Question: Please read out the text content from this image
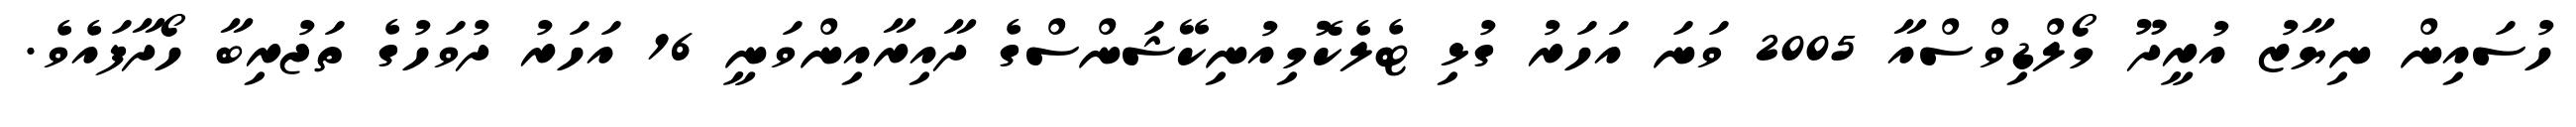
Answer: ހުސައިން ނިޔާޒު އުރީދޫ މޯލްޑިވްސްއާ 2005 ވަނަ އަހަރު ގުޅި ޓެލެކޮމިއުނިކޭޝަންސްގެ ދާއިރާއިންވަނީ 16 އަހަރު ދުވަހުގެ ތަޖުރިބާ ހޯދާފައެވެ.